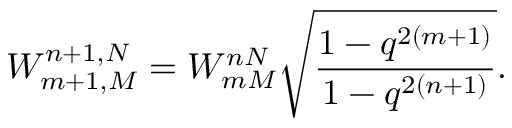
W _ { m + 1 , M } ^ { n + 1 , N } = W _ { m M } ^ { n N } \sqrt { \frac { 1 - q ^ { 2 ( m + 1 ) } } { 1 - q ^ { 2 ( n + 1 ) } } } .